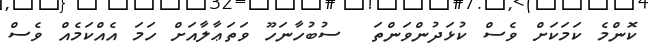
ކޮންމެ ކަމަކަށް ވެސް ކުޅަދުންވަންތަ  ސުބުހާނަހޫ ވަތަޢާލާއަށް ހަމަ އެއްކަމެއް ވެސް